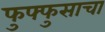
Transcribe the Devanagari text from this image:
फुफ्‍फुसाचा